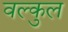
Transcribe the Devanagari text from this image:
वल्कुल